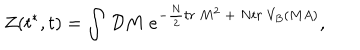
LaTeX: Z ( t ^ { * } , t ) = \int \, { \cal D } M \ e ^ { - { \frac { N } { 2 } } t r ~ M ^ { 2 } \ + \ N t r ~ V _ { B } ( M A ) } ,